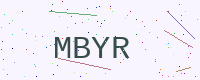
Text: MBYR